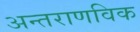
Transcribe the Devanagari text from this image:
अन्तराणविक